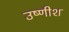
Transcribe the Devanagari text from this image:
उष्णीश